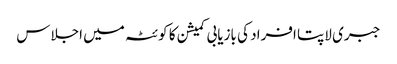
جبری لاپتا افراد کی بازیابی کمیشن کا کوئٹہ میں اجلاس